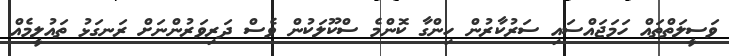
ވަސީލަތްތައް ހަމަޖައްސައި ސަރުކާރުން ހިންގާ ކޮންމެ ސްކޫލަކުން ވެސް ދަރިވަރުންނަށް ރަނގަޅު ތައުލީމެއް